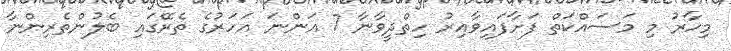
މިހާރު މި މަސައްކަތް ފަށާފައިވާއިިރު ހިތްދީވާނާ 7 އަންނަ އަހަރުގެ ތެރޭގައި ބެލުންތެރިންނާ